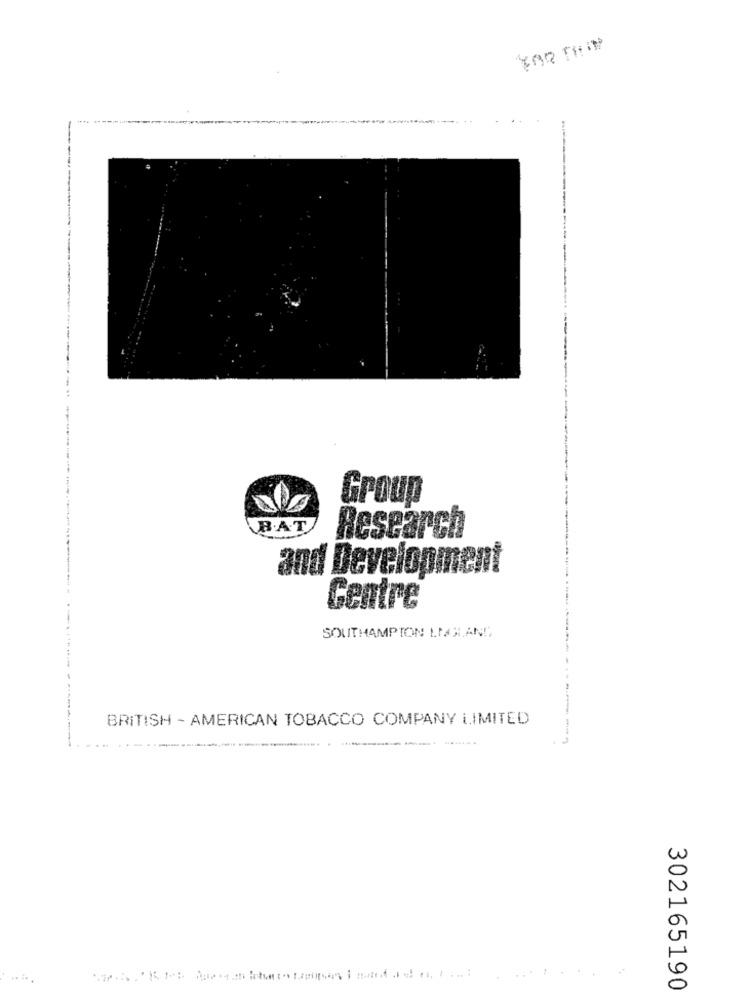
FOR THEM
..
Group
B.AT
Research
and Development
Centre
SOUTHAMPTON LIAHAND
BRITISH - AMERICAN TOBACCO COMPANY LIMITED
302165190